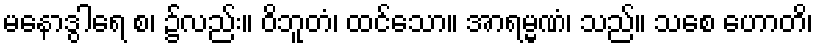
မနောဒွါရေ စ၊ ၌လည်း။ ဝိဘူတံ၊ ထင်သော။ အာရမ္မဏံ၊ သည်။ သစေ ဟောတိ၊